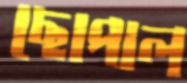
ছোপাল